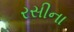
રસીના